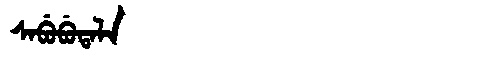
Manchu: ᠰᠠᠪᡠᠪᡠᡨᠠᠯᠠ
Romanization: SABUBUTALA